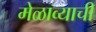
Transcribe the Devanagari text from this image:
मेळाव्याची